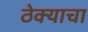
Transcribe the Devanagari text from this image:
ठेक्याचा